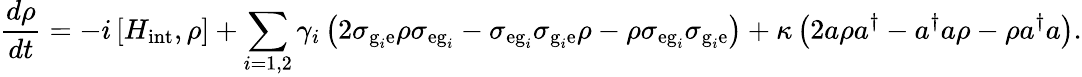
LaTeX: \frac{d\rho}{dt}=-i\left[H_{\textrm{int}},\rho\right]+\sum_{i=1,2}{\gamma_{i}\left(2\sigma_{\textrm{g}_{i}\textrm{e}}\rho\sigma_{\textrm{eg}_{i}}-\sigma_{\textrm{eg}_{i}}\sigma_{\textrm{g}_{i}\mathrm{{e}}}\rho-\rho\sigma_{\textrm{eg}_{i}}\sigma_{\textrm{g}_{i}\textrm{e}}\right)}+\kappa\left(2a\rho a^{\dagger}-a^{\dagger}a\rho-\rho a^{\dagger}a\right).